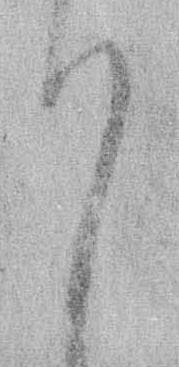
り